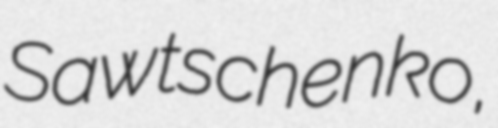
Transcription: Sawtschenko,